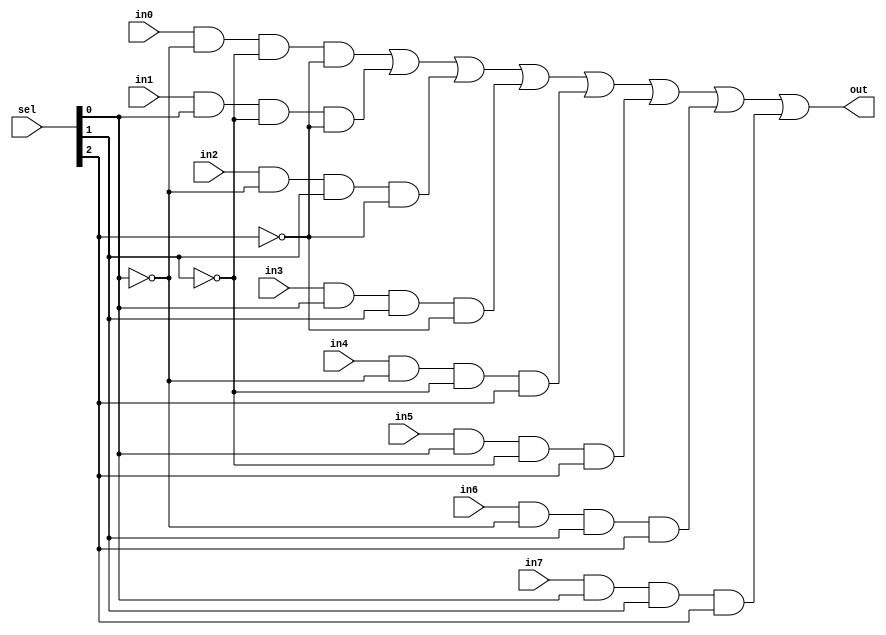
/*
* Antonio Aguilar
* Multiplexor 8 a 1 descrito de manera funcional
*/

module mux8to1fun(input in0, in1, in2, in3, in4, in5, in6, in7, input [2:0]sel, output out);	
	assign out = 	(in0 & !sel[0] & !sel[1] & !sel[2]) | 
						(in1 & sel[0] & !sel[1] & !sel[2]) | 
						(in2 & !sel[0] & sel[1] & !sel[2]) | 
						(in3 & sel[0] & sel[1] & !sel[2]) | 
						(in4 & !sel[0] & !sel[1] & sel[2]) | 
						(in5 & sel[0] & !sel[1] & sel[2]) | 
						(in6 & !sel[0] & sel[1] & sel[2]) | 
						(in7 & sel[0] & sel[1] & sel[2]);
endmodule